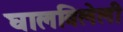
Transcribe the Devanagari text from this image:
घालविलेली